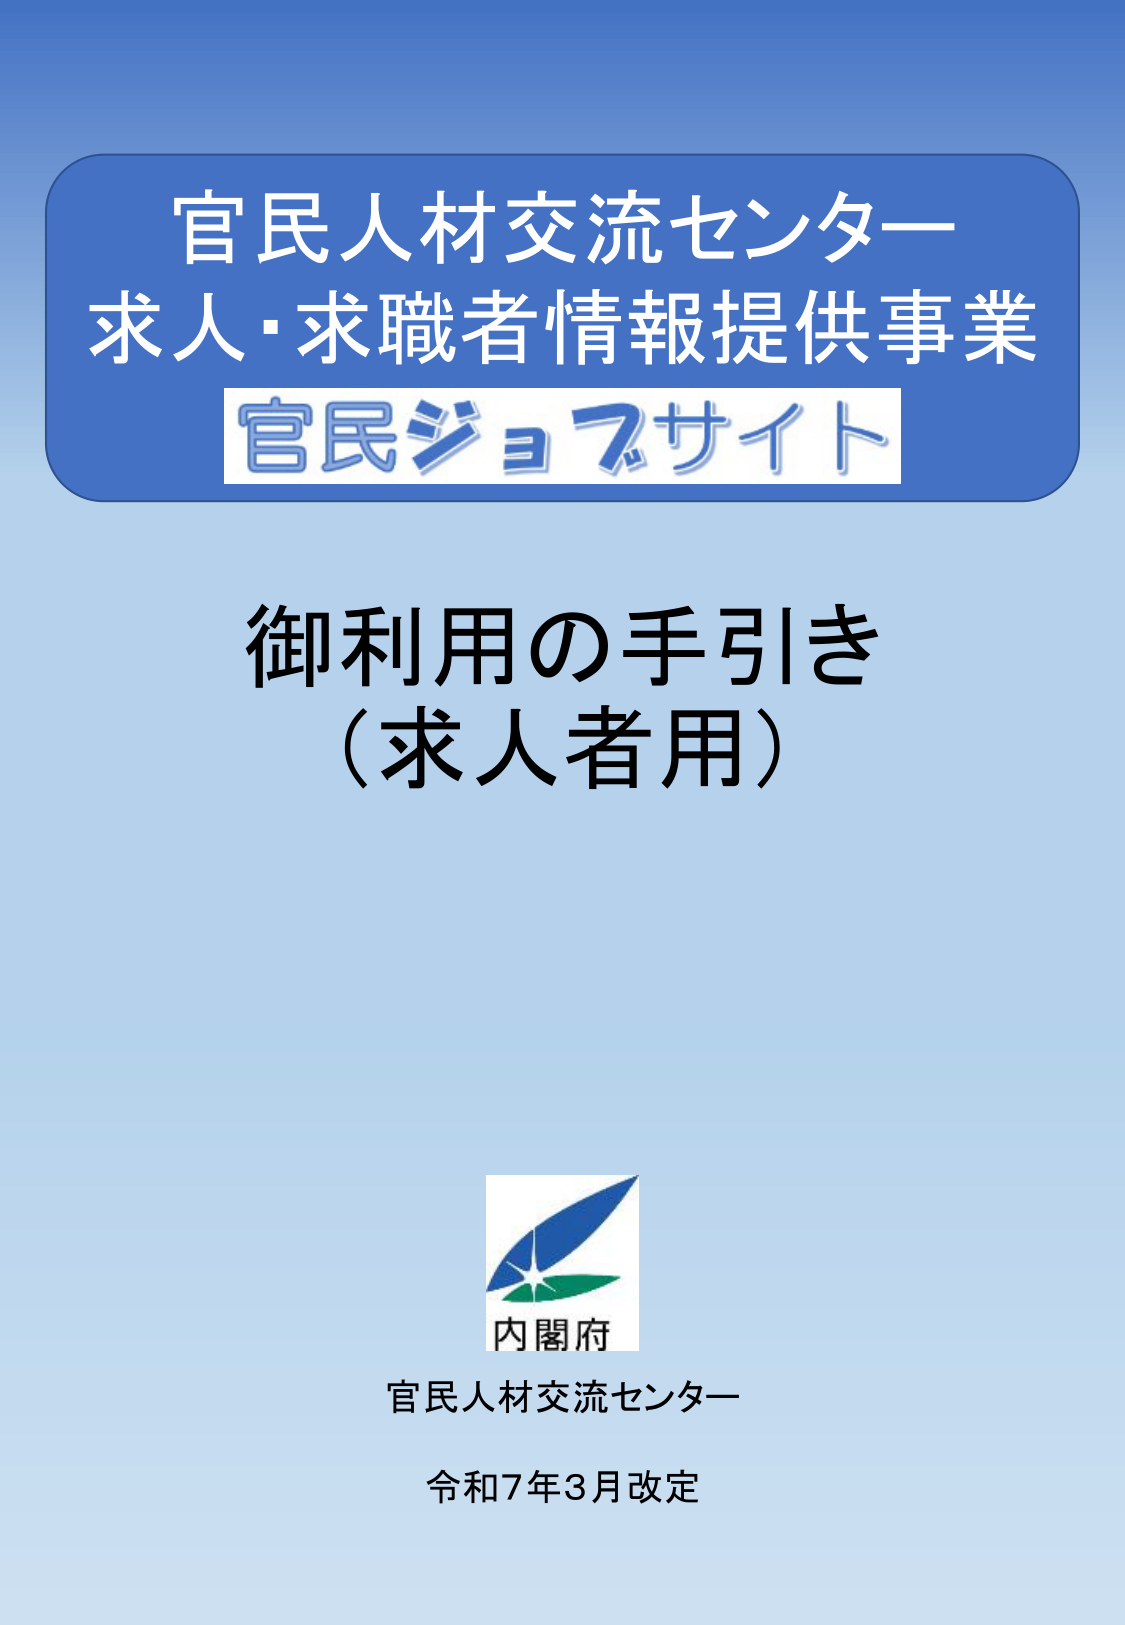
官民人材交流センター
求人・求職者情報提供事業
官民ジョブサイト
御利用の手引き
（求人者用）
内閣府
官民人材交流センター
令和7年3月改定